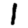
Digit: 1